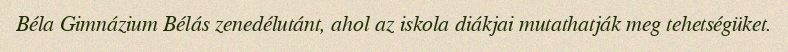
Béla Gimnázium Bélás zenedélutánt, ahol az iskola diákjai mutathatják meg tehetségüket.